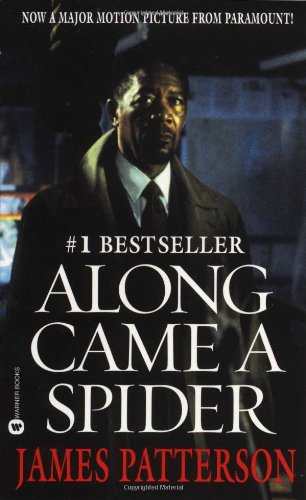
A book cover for Along Came A Spider; James Patterson; Mystery, Thriller & Suspense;